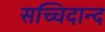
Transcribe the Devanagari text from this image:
सच्चिदान्द